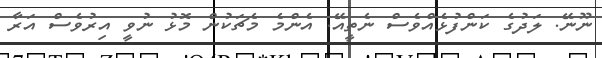
ނޫނޭ. ލަދުގެ ކަންފުޅެއްވެސް ނެތީއޭ. އެންމެ މެޗަކުން މޮޅު ނުވީ އިރުވެސް އަރާ